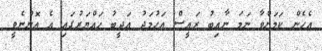
އެހެން ކަމަށްވާ ނަމަ ނާއިބު ރައީސް އަހުމަދު އަދީބު ހައްޔަރުގައި އެ އޮންނެވީ